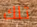
تلك